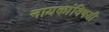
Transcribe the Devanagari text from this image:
नायकांविषयी